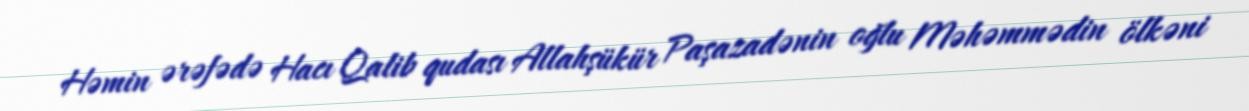
Həmin ərəfədə Hacı Qalib qudası Allahşükür Paşazadənin oğlu Məhəmmədin ölkəni